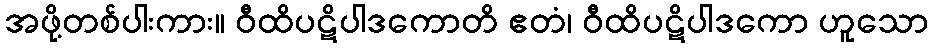
အဖို့တစ်ပါးကား။ ဝီထိပဋိပါဒကောတိ ဧတံ၊ ဝီထိပဋိပါဒကော ဟူသော